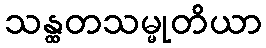
သန္ထတသမ္မုတိယာ